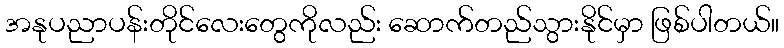
အနုပညာပန်းတိုင်လေးတွေကိုလည်း ဆောက်တည်သွားနိုင်မှာ ဖြစ်ပါတယ်။